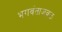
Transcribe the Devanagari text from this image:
भगवंताजवळ